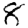
Digit: 8